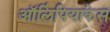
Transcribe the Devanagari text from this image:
ऑलिंपियाकेस